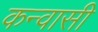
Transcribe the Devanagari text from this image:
कन्वासी